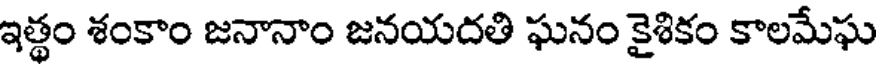
ఇత్థం శంకాం జనానాం జనయదతి ఘనం కైశికం కాలమేఘ